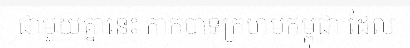
ជាមួយគ្នានេះ កាកបាទក្រហមកម្ពុជា ដែល